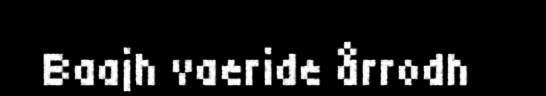
Baajh vaeride årrodh